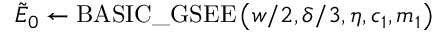
\tilde { E } _ { 0 } \gets \mathrm { B A S I C \_ G S E E } \left( w / 2 , \delta / 3 , \eta , c _ { 1 } , m _ { 1 } \right)